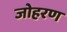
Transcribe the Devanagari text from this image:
जोहरण